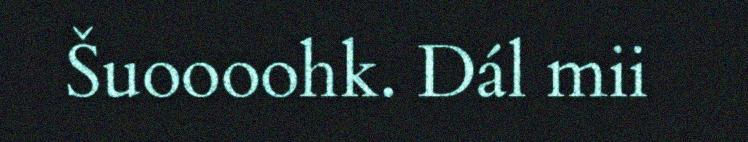
Šuoooohk. Dál mii